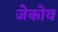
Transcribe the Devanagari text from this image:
जेकोव